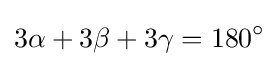
3\alpha +3\beta +3\gamma =180^{\circ }